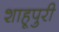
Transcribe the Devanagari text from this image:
शाहूपुरी